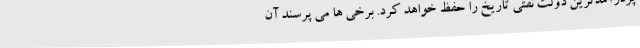
پردرآمدترین دولت نفتی تاریخ را حفظ خواهد كرد. برخی ها می پرسند آن